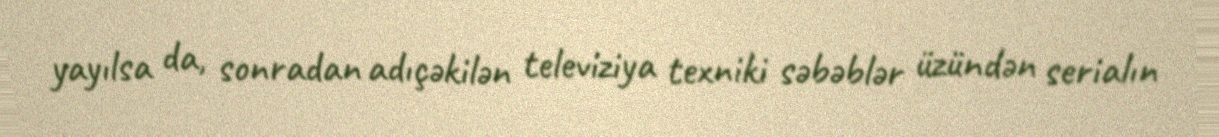
yayılsa da, sonradan adıçəkilən televiziya texniki səbəblər üzündən serialın